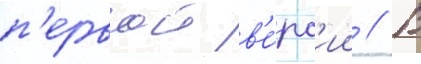
п'ервои в'е́рс'ии // В